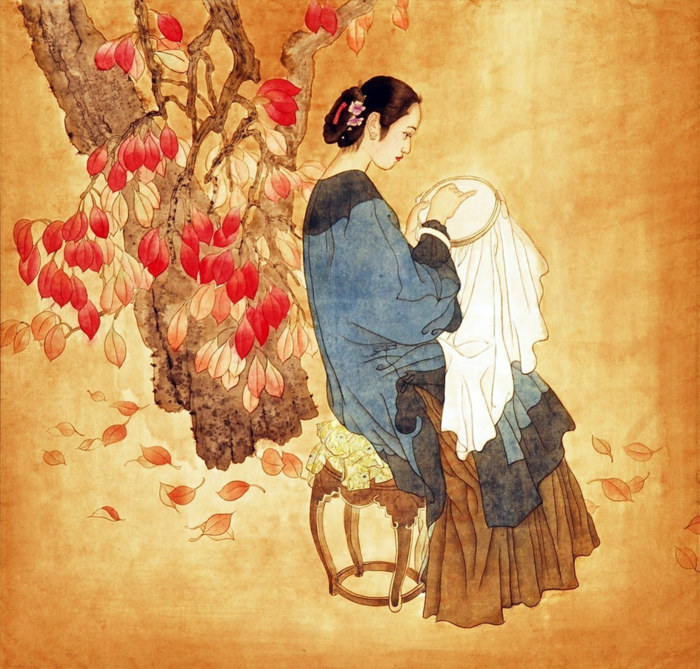
苦恨年年压金线，为他人作嫁衣裳。